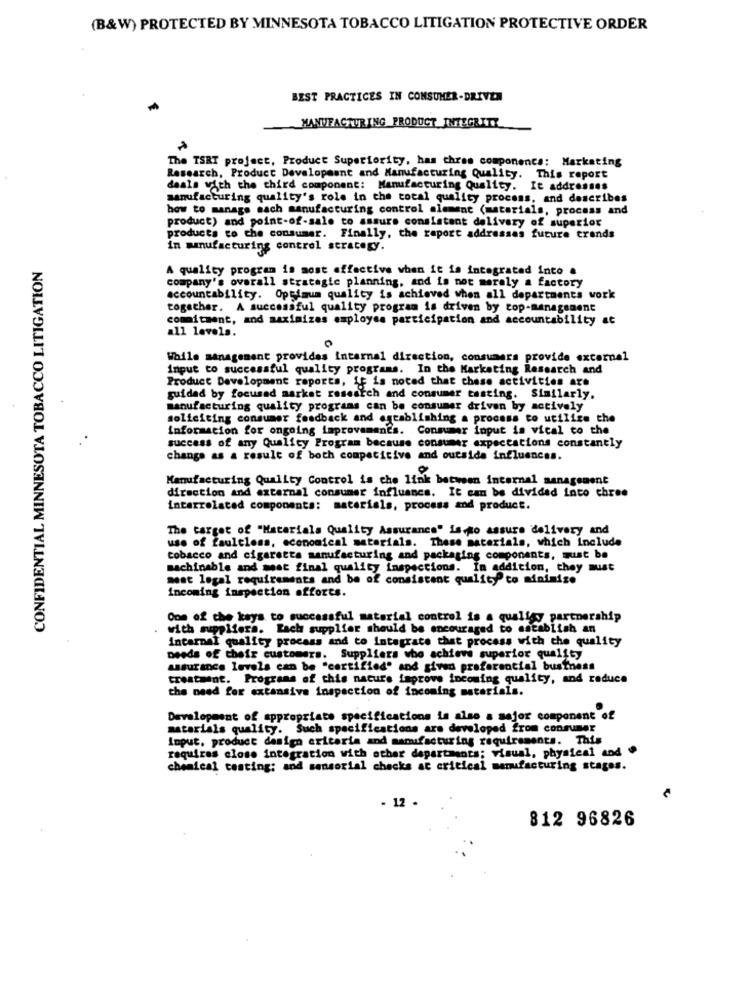
(B&W) PROTECTED BY MINNESOTA TOBACCO LITIGATION PROTECTIVE ORDER
BEST PRACTICES IN CONSUMER-DRIVEN
MANUFACTURING PRODUCT_INTEGRITY
The TSRT project, Product Superiority, has chres components: Marketing
Research, Product Development and Manufacturing Quality. This report
deals with the third component: Manufacturing Quality. It addresses
manufacturing quality's role in the total quality process, and describes
how to manage each manufacturing control element (materials, process and
product) and point-of-sale to assure consistent delivery of superior
products co che consumer. Finally, the report addresses future trends
in manufacturing control strategy.
CONFIDENTIAL MINNESOTA TOBACCO LITIGATION
A quality program in most effective when it is integrated into .
company's overall strategic planning, and is not merely a factory
accountability. Optimum quality is achieved when all departments work
together. A successful quality program is driven by top-management
comitment, and maximizes employee participation and accountability at
all levels.
While management provides internal direction, consumers provide external
input to successful quality programs. In the Marketing Research and
Product Development reports, if is noted that chase activities are
guided by focused market research and consumer tasting. Similarly.
manufacturing quality programs can be consumer driven by actively
soliciting consumer feedback and establishing a process to utilize the
information for ongoing improvements. Consumer input is vical co the
success of any Quality Program because consumer expectations constantly
change as a result of both competitive and outside influences.
Manufacturing Quality Control is che link between internal management
direction and external consumer influance. It can be divided into three
interrelated components: materials, process and product.
The target of "Materials Quality Assurance" is to assure delivery and
use of faultless, economical materials. These materials, which include
tobacco and cigaretta manufacturing and packaging components, must be
machinable and meet final quality Inspections. In addition, they must
meat legal requirements and be of consistent quality" to minimize
Incoming inspection offorts.
One of the keys to successful material control is a qualigy partnership
with suppliers. Each supplier should be encouraged to establish an
Incarnal quality process and to Integrate that process with the quality
needs of their customers. Suppliers who achieve superior quality
assurance levels can be "certified' and given preferential business
treatment. Programs of this nacure improve incoming quality, and reduce
the need for extensive inspection of incoming materials.
Development of appropriate specifications is also a major component of
materials quality. Such specifications are developed from consumer
Input, product design criteria and manufacturing requirements. This
requires close integration with other departments; visual, physical and
chemical testing; and sensorial checks ac critical manufacturing stages.
- 12 .
812 96826